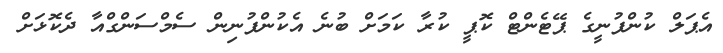
އެޕަލް ކުންފުނީގެ ޕޭޓެންޓް ކޮޕީ ކުރާ ކަމަށް ބުނެ އެކުންފުނިން ސެމްސަންގްއާ ދެކޮޅަށް